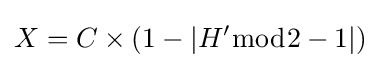
X=C\times (1-|H^{\prime }{\bmod {2}}-1|)